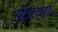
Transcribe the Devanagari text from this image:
आहिल्यााबाई